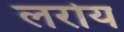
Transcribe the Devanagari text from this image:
लरोय